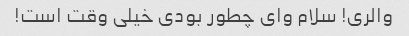
والری! سلام وای چطور بودی خیلی وقت است!